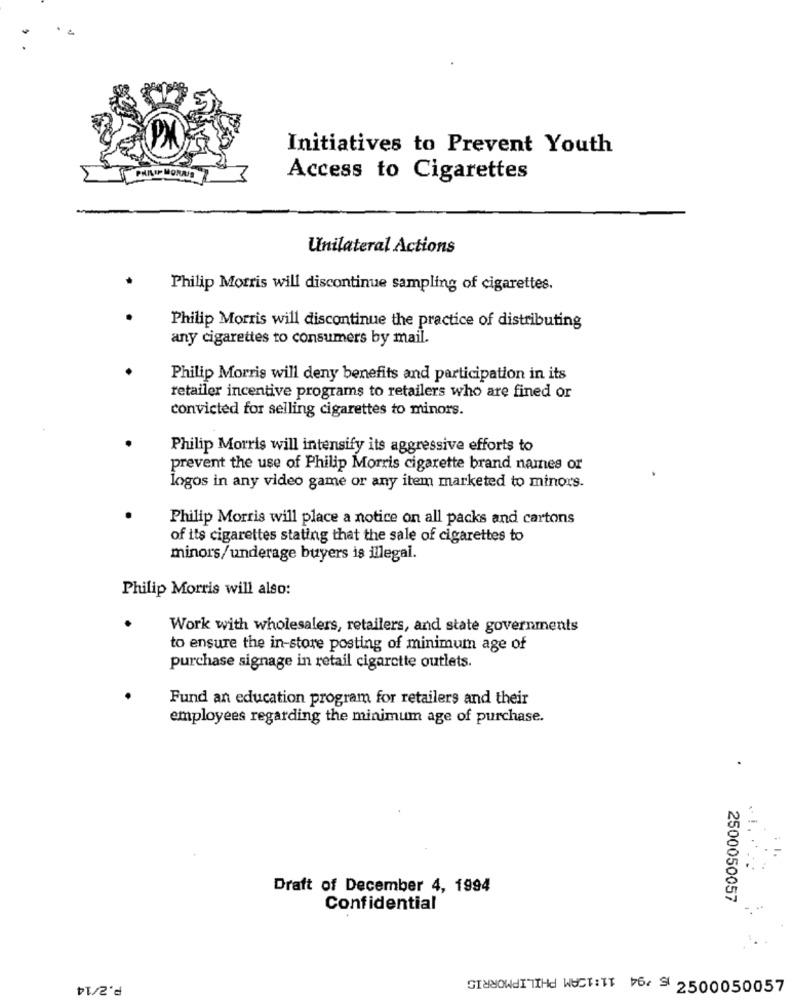
Initiatives to Prevent Youth
PHILIP MORRIS
Access to Cigarettes
Unilateral Actions
Philip Morris will discontinue sampling of cigarettes.
Philip Morris will discontinue the practice of distributing
any cigarettes to consumers by mail.
Philip Morris will deny benefits and participation in its
retailer incentive programs to retailers who are fined or
convicted for selling cigarettes to minors.
Philip Morris will intensify its aggressive efforts to
prevent the use of Philip Morris cigarette brand names or
logos in any video game or any item marketed to minors.
Philip Morris will place a notice on all packs and cartons
of its cigarettes stating that the sale of cigarettes to
minors/underage buyers is illegal.
Philip Morris will also:
Work with wholesalers, retailers, and state governments
to ensure the in-store posting of minimum age of
purchase signage in retail cigarette outlets.
Fund an education program for retailers and their
employees regarding the minimum age of purchase.
Draft of December 4, 1994
2500050057
Confidential
P.2/14
SINSOWEITTHE WUCT: TT >6 9 2500050057